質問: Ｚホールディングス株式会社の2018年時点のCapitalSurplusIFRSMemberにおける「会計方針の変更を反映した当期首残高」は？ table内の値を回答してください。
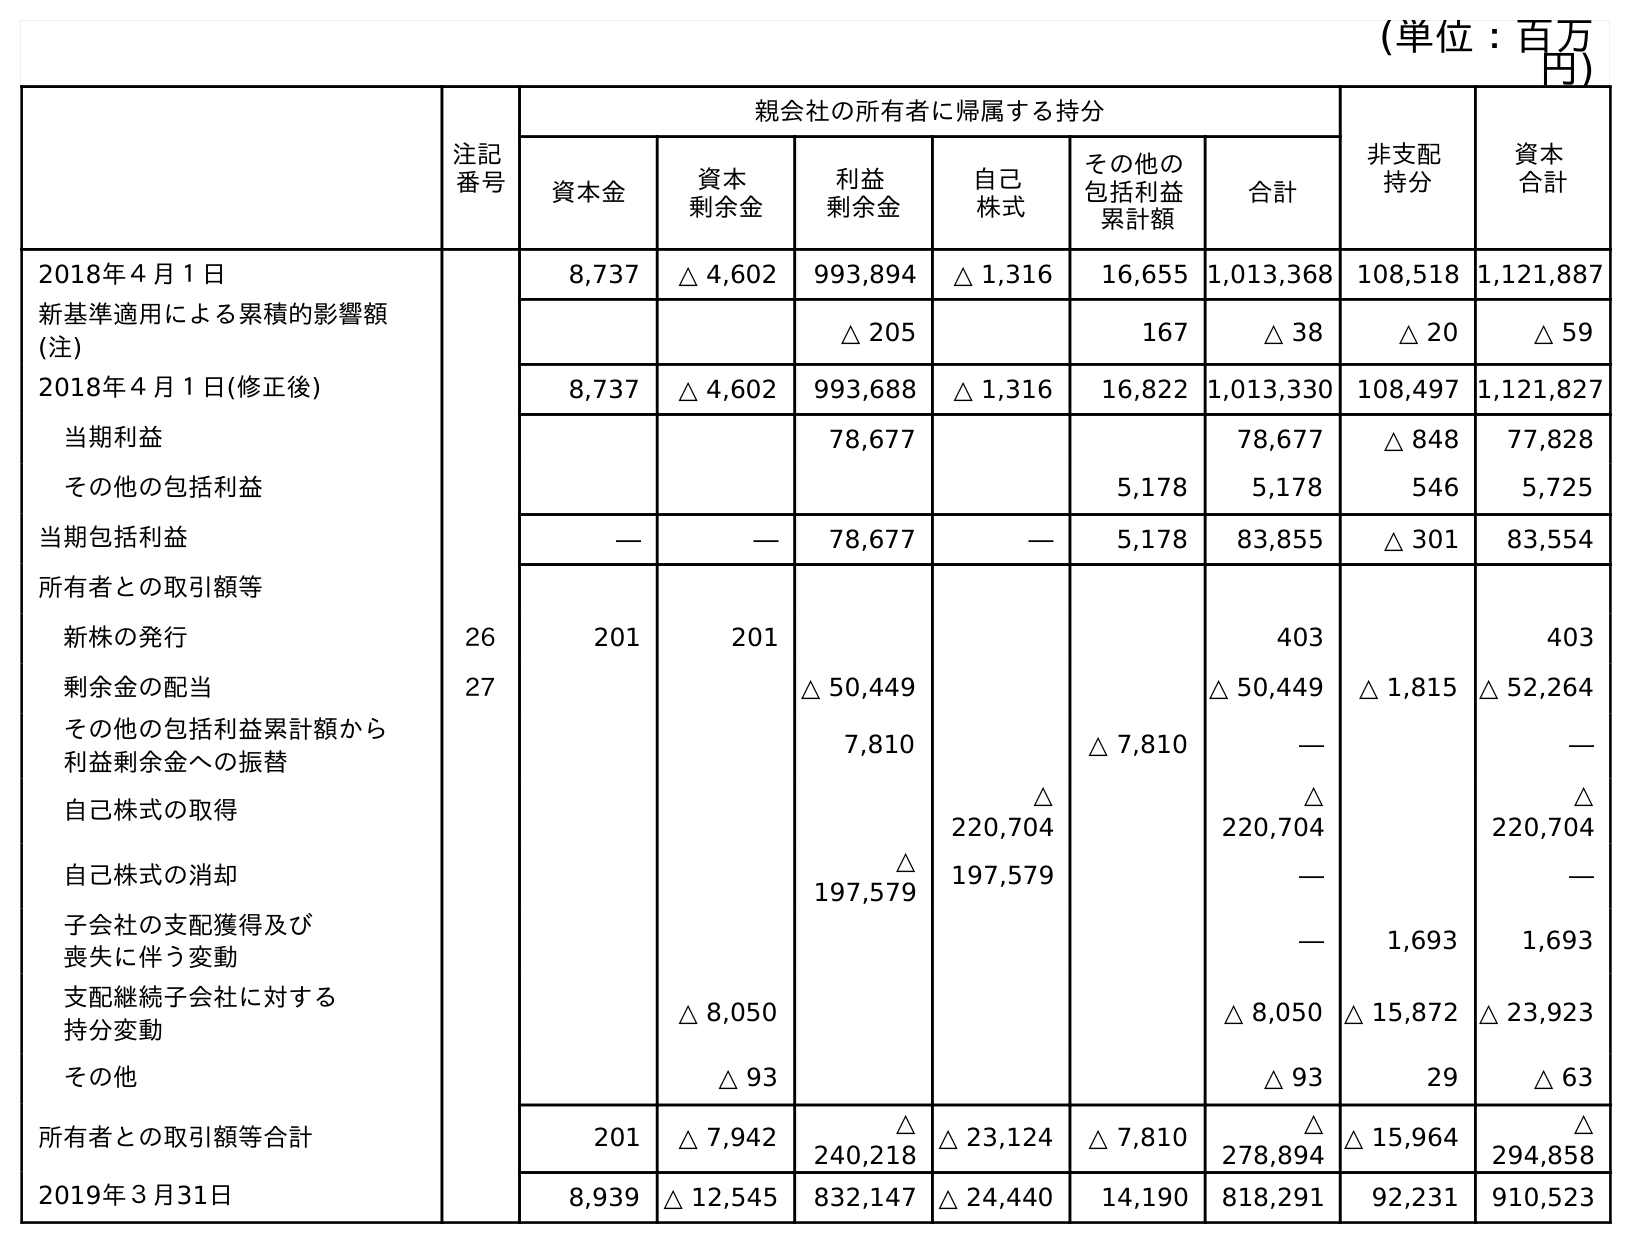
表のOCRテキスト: (単位：百万 円) 注記 番号 親会社の所有者に帰属する持分 非支配 持分 資本 合計 資本金 資本 剰余金 利益 剰余金 自己 株式 その他の 包括利益 累計額 合計 2018年４月１日 8,737 △ 4,602 993,894 △ 1,316 16,655 1,013,368 108,518 1,121,887 新基準適用による累積的影響額 (注) △ 205 167 △ 38 △ 20 △ 59 2018年４月１日(修正後) 8,737 △ 4,602 993,688 △ 1,316 16,822 1,013,330 108,497 1,121,827 当期利益 78,677 78,677 △ 848 77,828 その他の包括利益 5,178 5,178 546 5,725 当期包括利益 ― ― 78,677 ― 5,178 83,855 △ 301 83,554 所有者との取引額等 新株の発行 26 201 201 403 403 剰余金の配当 27 △ 50,449 △ 50,449 △ 1,815 △ 52,264 その他の包括利益累計額から 利益剰余金への振替 7,810 △ 7,810 ― ― 自己株式の取得 △ 220,704 △ 220,704 △ 220,704 自己株式の消却 △ 197,579 197,579 ― ― 子会社の支配獲得及び 喪失に伴う変動 ― 1,693 1,693 支配継続子会社に対する 持分変動 △ 8,050 △ 8,050 △ 15,872 △ 23,923 その他 △ 93 △ 93 29 △ 63 所有者との取引額等合計 201 △ 7,942 △ 240,218 △ 23,124 △ 7,810 △ 278,894 △ 15,964 △ 294,858 2019年３月31日 8,939 △ 12,545 832,147 △ 24,440 14,190 818,291 92,231 910,523
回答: △4,602